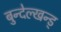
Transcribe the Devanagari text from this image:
बुन्देल्खन्ड्